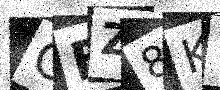
Text: CFZ8KT